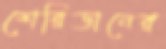
শেরিডানের